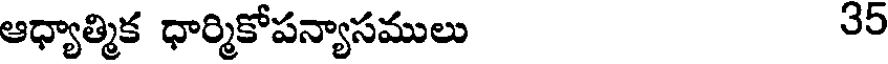
ఆధ్యాత్మిక ధార్మికోపన్యాసములు 35